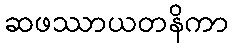
ဆဖဿာယတနိကာ